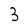
Character: 3